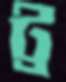
ট্র